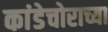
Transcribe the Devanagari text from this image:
कांडेचोराच्या